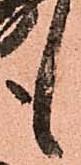
も